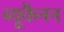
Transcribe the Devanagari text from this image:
ब्यूकैनन